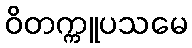
ဝိတက္ကူပသမေ